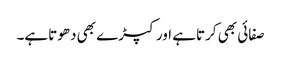
صفائی بھی کرتاہے اور کپڑے بھی دھوتاہے۔